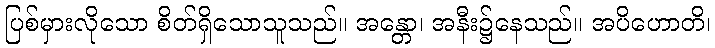
ပြစ်မှားလိုသော စိတ်ရှိသောသူသည်။ အန္တော၊ အနီး၌နေသည်။ အပိဟောတိ၊